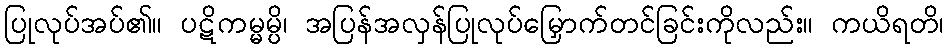
ပြုလုပ်အပ်၏။ ပဋိကမ္မမ္ပိ၊ အပြန်အလှန်ပြုလုပ်မြှောက်တင်ခြင်းကိုလည်း။ ကယိရတိ၊